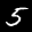
Label: 5